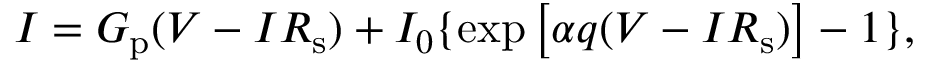
I = G _ { \mathrm { p } } ( V - I R _ { \mathrm { s } } ) + I _ { 0 } \lbrace \exp \left[ \alpha q ( V - I R _ { \mathrm { { s } } } ) \right] - 1 \rbrace ,